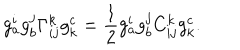
g _ { a } ^ { i } g _ { b } ^ { j } \Gamma _ { i j } ^ { k } g _ { k } ^ { c } = \frac { 1 } { 2 } g _ { a } ^ { i } g _ { b } ^ { j } C _ { i j } ^ { k } g _ { k } ^ { c } .